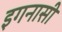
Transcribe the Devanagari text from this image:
इगनासी